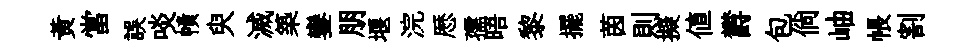
黄當誤啖幘臾滅築鑾朋堰浣厯孺晤黎擺茵則擬値欝包倘岫帳割